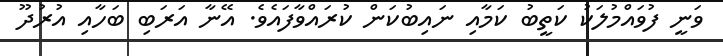
ވަނީ ފުވައްމުލަކު ކަތީބު ކަމާއި ނައިބުކަން ކުރައްވާފައެވެ. އޭނާ އަރަބި ބަހާއި އުރުދޫ